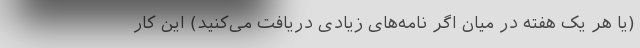
(یا هر یک هفته در میان اگر نامه‌های زیادی دریافت می‌کنید) این کار